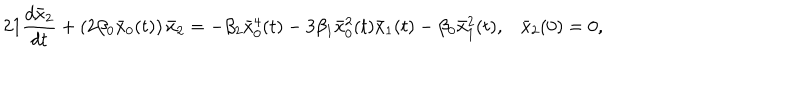
LaTeX: 2 1 \frac { d \bar { x } _ { 2 } } { d t } + \left( 2 \beta _ { 0 } \bar { x } _ { 0 } ( t ) \right) \bar { x } _ { 2 } = - \beta _ { 2 } \bar { x } _ { 0 } ^ { 4 } ( t ) - 3 \beta _ { 1 } \bar { x } _ { 0 } ^ { 2 } ( t ) \bar { x } _ { 1 } ( t ) - \beta _ { 0 } \bar { x } _ { 1 } ^ { 2 } ( t ) , \bar { x } _ { 2 } ( 0 ) = 0 ,